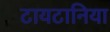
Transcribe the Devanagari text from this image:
टायटानिया